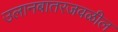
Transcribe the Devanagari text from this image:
उलानबातरजवळील